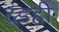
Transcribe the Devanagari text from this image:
दंडही